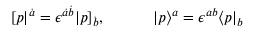
[ p | ^ { \dot { a } } = \epsilon ^ { \dot { a } \dot { b } } | p ] _ { \dot { b } } , \quad \quad \quad | p \rangle ^ { a } = \epsilon ^ { a b } \langle p | _ { b }